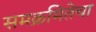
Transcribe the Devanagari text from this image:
समक्रमितेचा